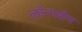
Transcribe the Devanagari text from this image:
लॉन्गबीच